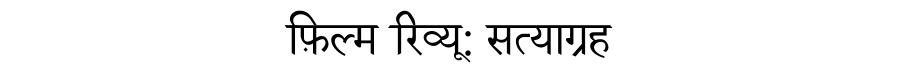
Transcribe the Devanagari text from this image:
फ़िल्म रिव्यू: सत्याग्रह